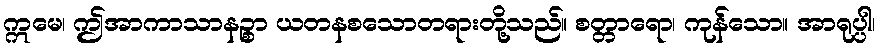
ဣမေ၊ ဤအာကာသာနဉ္စာ ယတနစသောတရားတို့သည်။ စတ္တာရော၊ ကုန်သော။ အာရုပ္ပါ၊